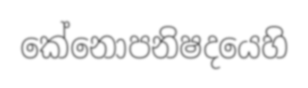
කේනොපනිෂදයෙහි